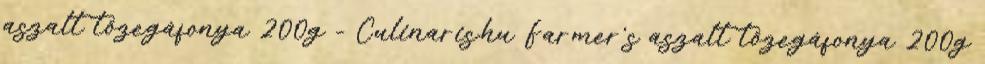
aszalt tőzegáfonya 200g - Culinaris.hu Farmer's aszalt tőzegáfonya 200g